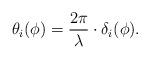
LaTeX: \begin{align*}\theta_i ( \phi) = \frac{2\pi}{ \lambda} \cdot \delta_i (\phi).\end{align*}